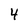
Character: 4